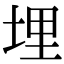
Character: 埋